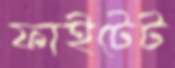
ফাইটেট